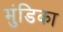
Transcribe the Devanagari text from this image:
मुंडिका